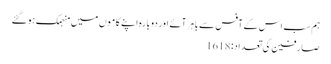
ہم سب اس کے آفس سے باہر آئے اور دوبارہ اپنے کاموں میں منہمک ہوگئے
صارفین کی تعداد: 1618